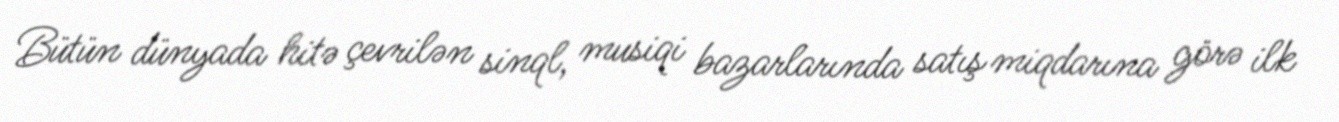
Bütün dünyada hitə çevrilən sinql, musiqi bazarlarında satış miqdarına görə ilk